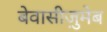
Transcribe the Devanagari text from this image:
बेवासीज़ुमेब